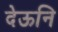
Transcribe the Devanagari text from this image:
देऊनि